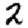
Digit: 2